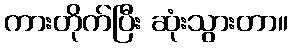
ကားတိုက်ပြီး ဆုံးသွားတာ။